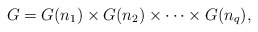
\begin{align*}G = G(n_{1}) \times G(n_{2}) \times \cdots \times G(n_{q}),\end{align*}